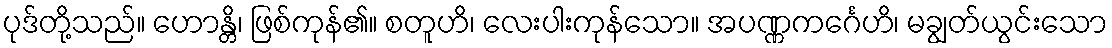
ပုဒ်တို့သည်။ ဟောန္တိ၊ ဖြစ်ကုန်၏။ စတူဟိ၊ လေးပါးကုန်သော။ အပဏ္ဏကင်္ဂေဟိ၊ မချွတ်ယွင်းသော